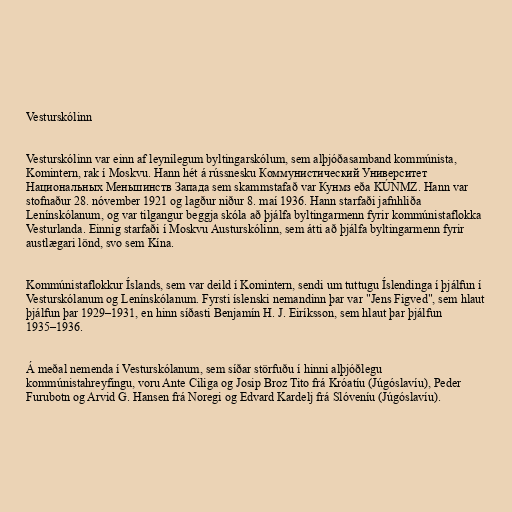
Vesturskólinn

Vesturskólinn var einn af leynilegum byltingarskólum, sem alþjóðasamband kommúnista,
Komintern, rak í Moskvu. Hann hét á rússnesku Коммунистический Университет
Национальных Меньшинств Запада sem skammstafað var Кунмз eða KÚNMZ. Hann var
stofnaður 28. nóvember 1921 og lagður niður 8. maí 1936. Hann starfaði jafnhliða
Lenínskólanum, og var tilgangur beggja skóla að þjálfa byltingarmenn fyrir kommúnistaflokka
Vesturlanda. Einnig starfaði í Moskvu Austurskólinn, sem átti að þjálfa byltingarmenn fyrir
austlægari lönd, svo sem Kína.

Kommúnistaflokkur Íslands, sem var deild í Komintern, sendi um tuttugu Íslendinga í þjálfun í
Vesturskólanum og Lenínskólanum. Fyrsti íslenski nemandinn þar var "Jens Figved", sem hlaut
þjálfun þar 1929–1931, en hinn síðasti Benjamín H. J. Eiríksson, sem hlaut þar þjálfun
1935–1936.

Á meðal nemenda í Vesturskólanum, sem síðar störfuðu í hinni alþjóðlegu
kommúnistahreyfingu, voru Ante Ciliga og Josip Broz Tito frá Króatíu (Júgóslavíu), Peder
Furubotn og Arvid G. Hansen frá Noregi og Edvard Kardelj frá Slóveníu (Júgóslavíu).